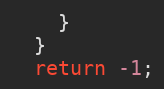
Language: C++
    }
  }
  return -1;